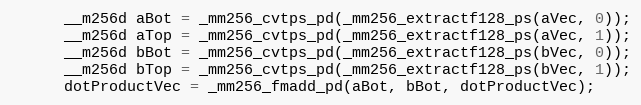
Language: C
      __m256d aBot = _mm256_cvtps_pd(_mm256_extractf128_ps(aVec, 0));
      __m256d aTop = _mm256_cvtps_pd(_mm256_extractf128_ps(aVec, 1));
      __m256d bBot = _mm256_cvtps_pd(_mm256_extractf128_ps(bVec, 0));
      __m256d bTop = _mm256_cvtps_pd(_mm256_extractf128_ps(bVec, 1));
      dotProductVec = _mm256_fmadd_pd(aBot, bBot, dotProductVec);